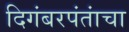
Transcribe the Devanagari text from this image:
दिगंबरपंतांचा